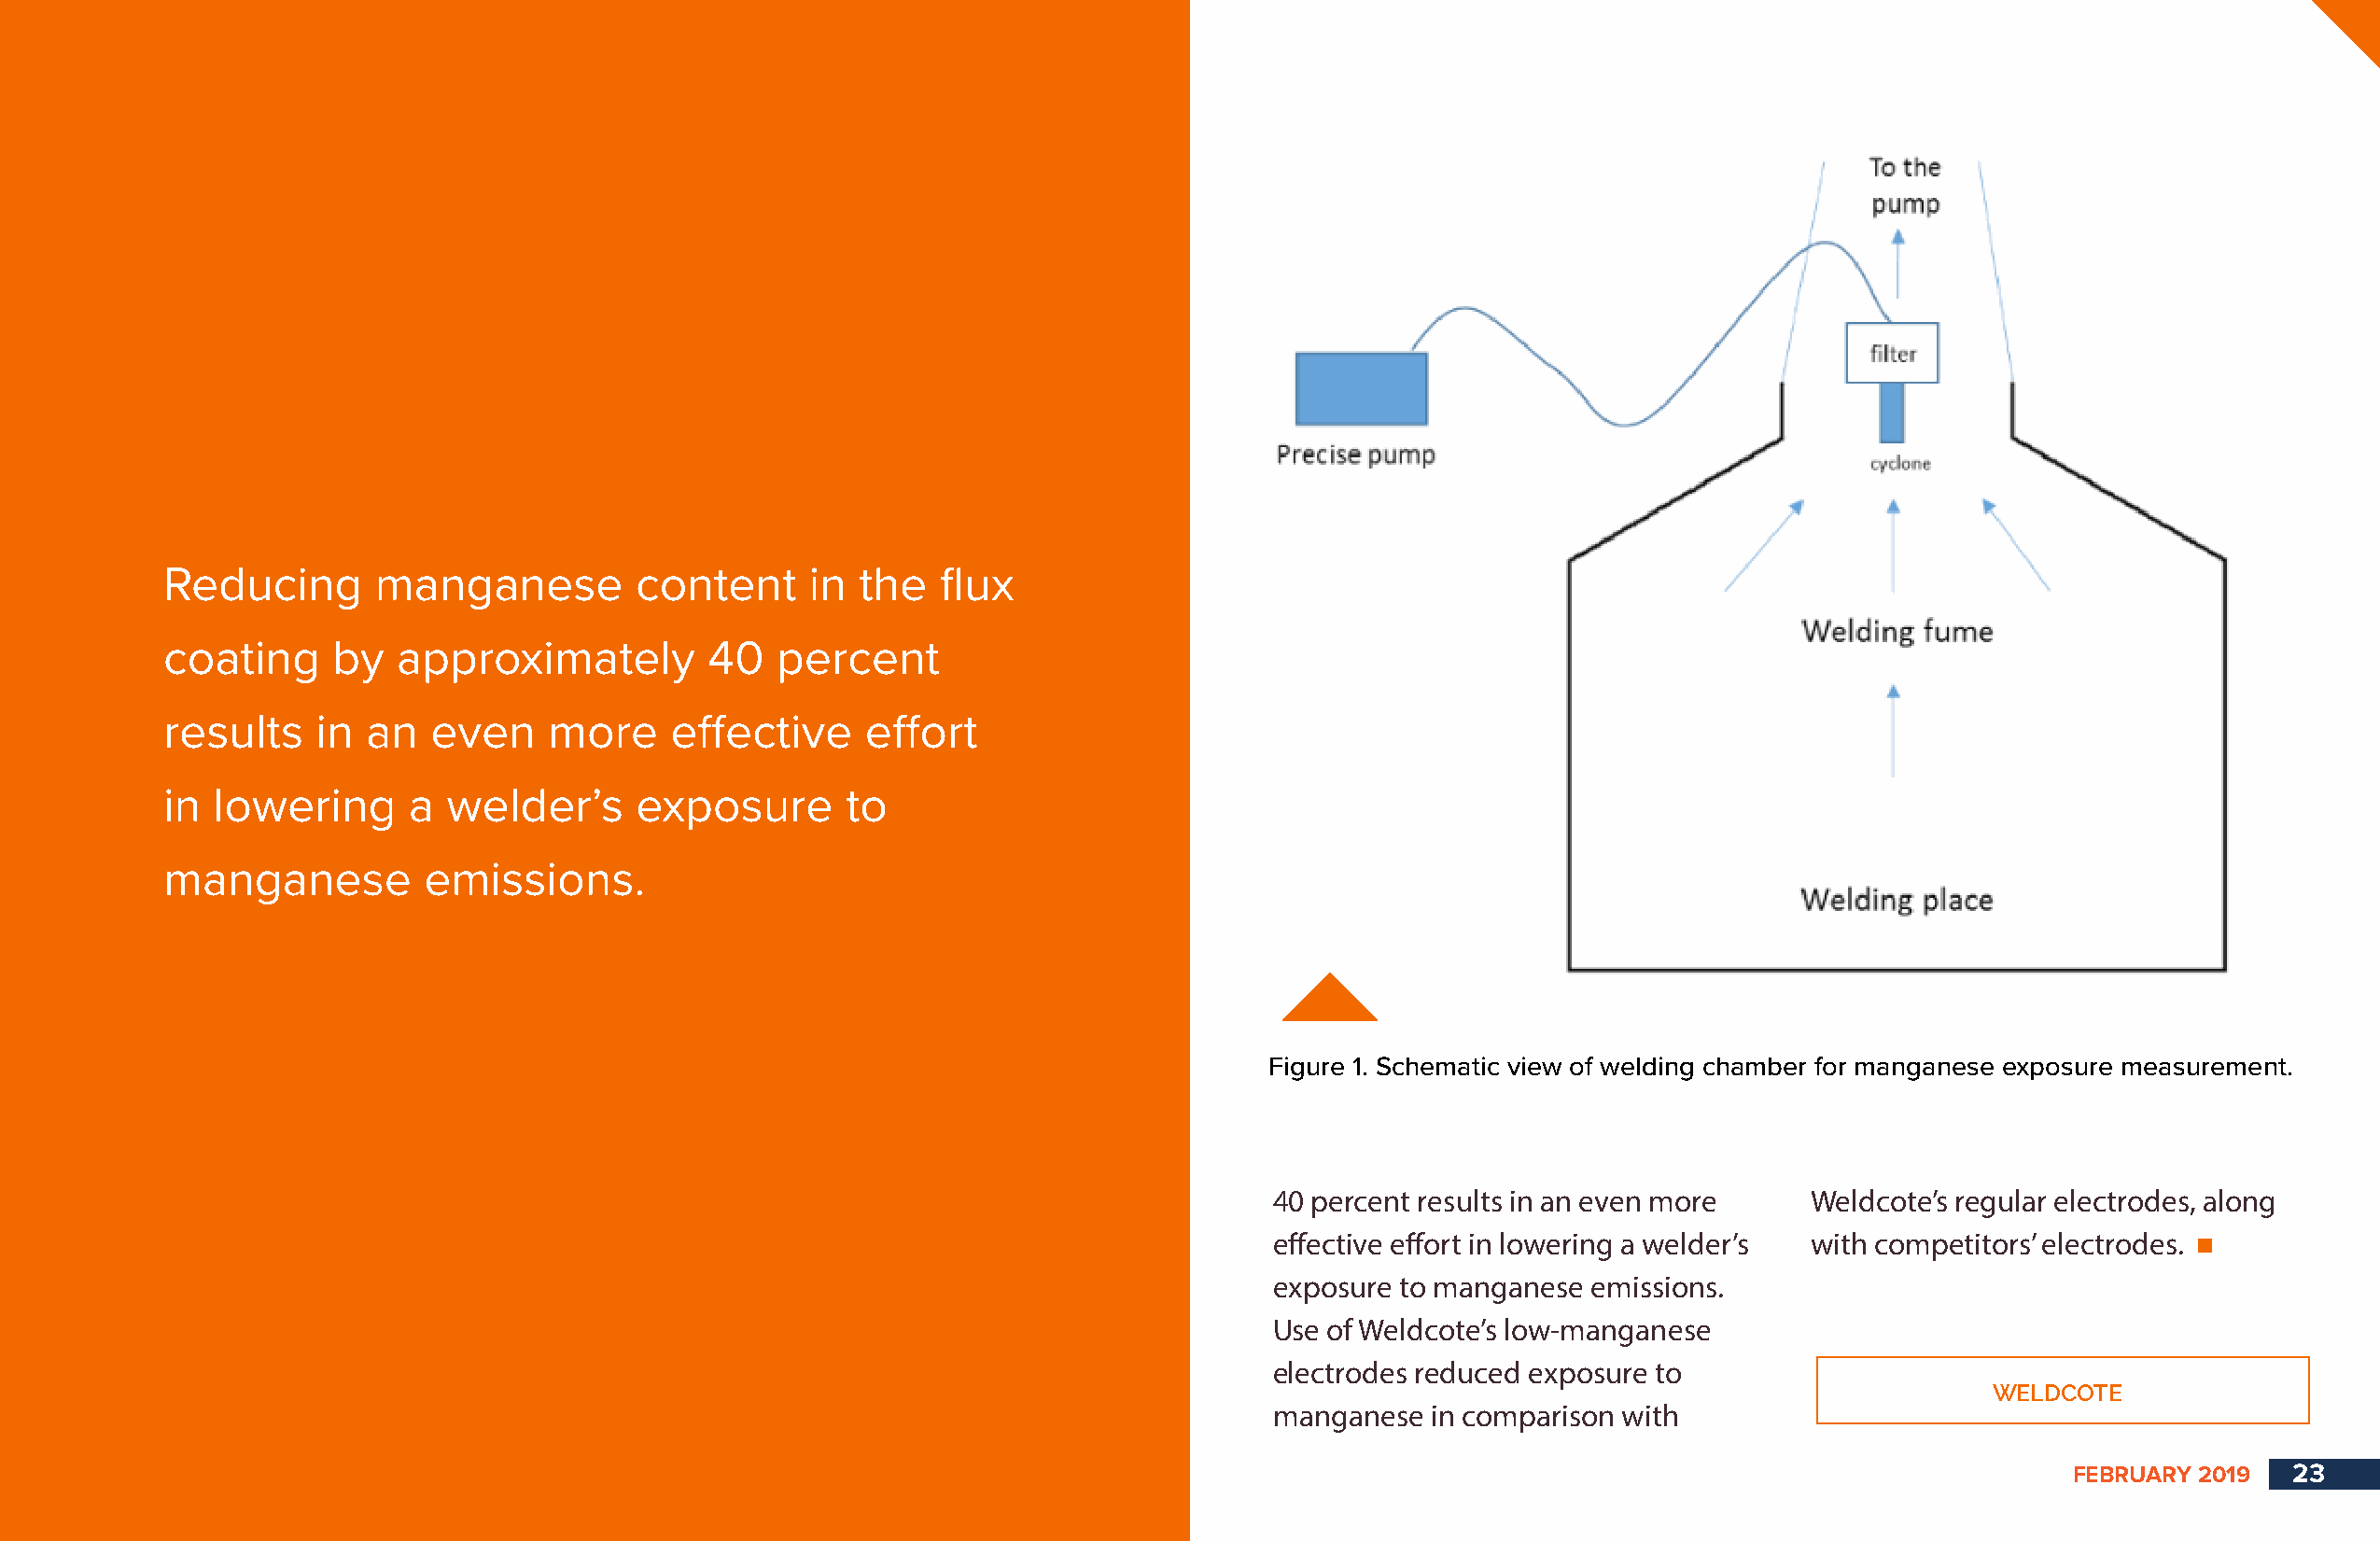
Reducing       manganese         content     in  the   flux
 coating     by  approximately         40   percent
 results   in  an   even    more     effective    effort
 in lowering      a  welder’s     exposure       to
 manganese         emissions.
 Figure 1. Schematic view of welding chamber for manganese exposure measurement.
 40 percent results in an even more    Weldcote’s regular electrodes, along
 effective effort in lowering a welder’s with competitors’ electrodes.
 exposure to manganese  emissions.
 Use of Weldcote’s low-manganese
 electrodes reduced exposure to
 WELDCOTE
 manganese  in comparison with
 FEBRUARY 2019   23